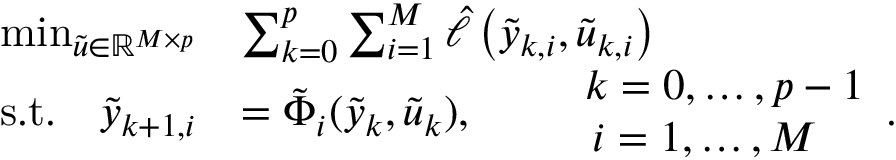
\begin{array} { r l } { \operatorname* { m i n } _ { \tilde { u } \in \mathbb { R } ^ { M \times p } } } & { \sum _ { k = 0 } ^ { p } \sum _ { i = 1 } ^ { M } \hat { \ell } \left( \tilde { y } _ { k , i } , \tilde { u } _ { k , i } \right) } \\ { \mathrm { s . t . } \quad \tilde { y } _ { k + 1 , i } } & { = \tilde { \Phi } _ { i } ( \tilde { y } _ { k } , \tilde { u } _ { k } ) , \qquad \begin{array} { l } { k = 0 , \ldots , p - 1 } \\ { \, i = 1 , \ldots , M } \end{array} . } \end{array}